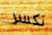
نكسر